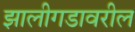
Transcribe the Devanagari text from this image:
झालीगडावरील